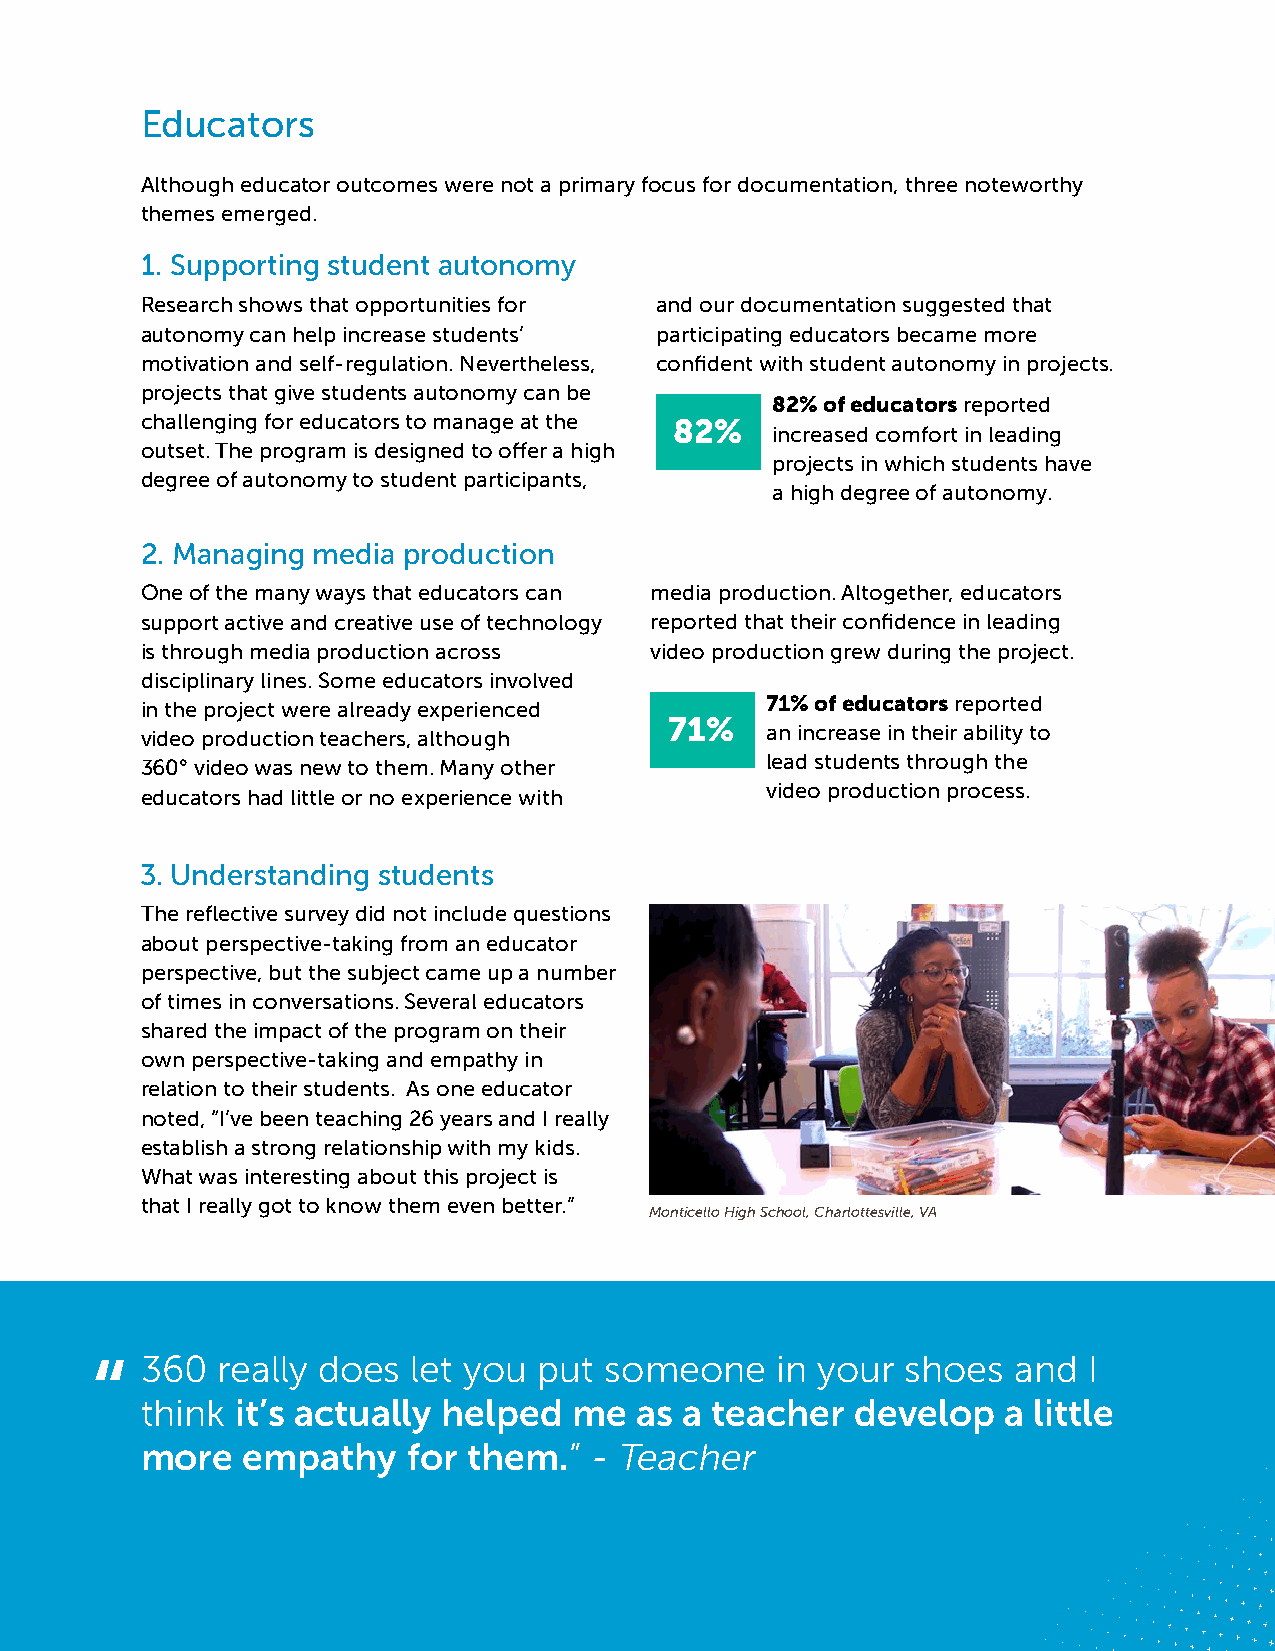
Educators
 Although educator outcomes were not a primary focus for documentation, three noteworthy
 themes emerged .
 1 . Supporting student autonomy
 Research shows that opportunities for and our documentation suggested that
 autonomy can help increase students’ participating educators became more
 motivation and self-regulation . Nevertheless, confident with student autonomy in projects .
 projects that give students autonomy can be
 82% of educators reported
 challenging for educators to manage at the 82%
 increased comfort in leading
 outset . The program is designed to offer a high
 projects in which students have
 degree of autonomy to student participants,
 a high degree of autonomy .
 2 . Managing media production
 One of the many ways that educators can media production . Altogether, educators
 support active and creative use of technology reported that their confidence in leading
 is through media production across video production grew during the project .
 disciplinary lines . Some educators involved
 71% of educators reported
 in the project were already experienced
 71%
 an increase in their ability to
 video production teachers, although
 lead students through the
 360° video was new to them . Many other
 video production process .
 educators had little or no experience with
 3 . Understanding students
 The reflective survey did not include questions
 about perspective-taking from an educator
 perspective, but the subject came up a number
 of times in conversations . Several educators
 shared the impact of the program on their
 own perspective-taking and empathy in
 relation to their students . As one educator
 noted, “I’ve been teaching 26 years and I really
 establish a strong relationship with my kids .
 What was interesting about this project is
 that I really got to know them even better .”
 Monticello High School, Charlottesville, VA
 “  360  really does  let you  put someone    in your  shoes  and  I
 think  it’s actually helped  me  as a teacher   develop  a little
 more   empathy    for them.”  - Teacher
 360 Filmmakers Challenge: Key Findings from the Fall 2016 Program | 9